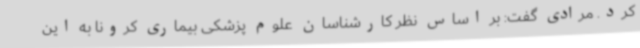
کرد. مرادی گفت: بر اساس نظر کارشناسان علوم پزشکی بیماری کرونا به این